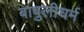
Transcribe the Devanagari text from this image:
बाबुलीधर्म